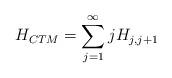
LaTeX: \begin{align*}H_{CTM} = \sum_{j=1}^{\infty} j H_{j,j+1} \end{align*}